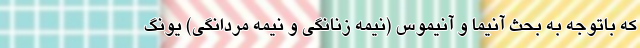
که باتوجه به بحث آنیما و آنیموس (نیمه زنانگی و نیمه مردانگی) یونگ